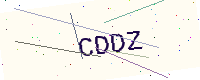
Text: CDDZ